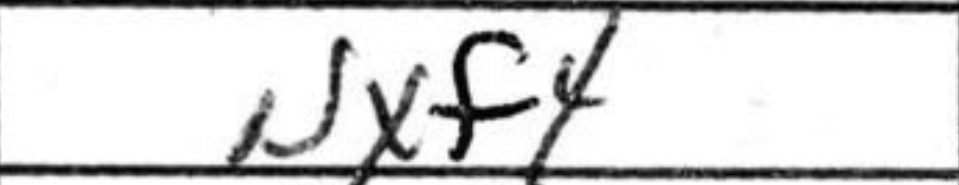
Transcription: Nxf4